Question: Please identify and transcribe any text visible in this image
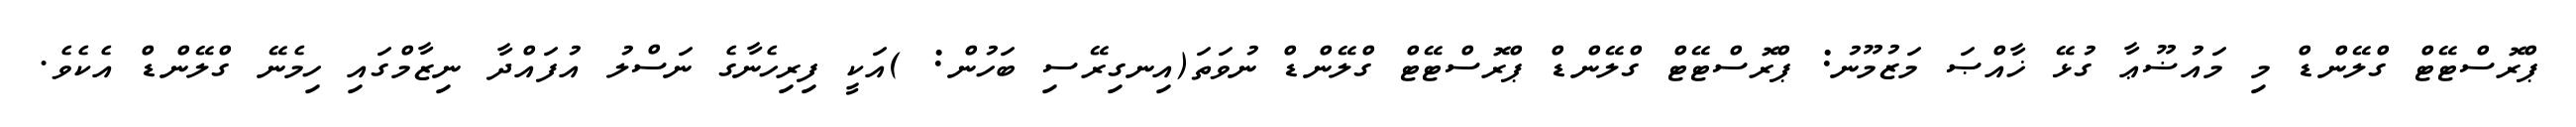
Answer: ޕްރޮސްޓޭޓް ގްލޭންޑް މި މައުޟޫޢާ ގުޅޭ ޚާއްޞަ މަޒުމޫނު: ޕްރޮސްޓޭޓް ގްލޭންޑް ޕްރޮސްޓޭޓް ގްލޭންޑް ނުވަތަ(އިނގިރޭސި ބަހުން: )އަކީ ފިރިހެނާގެ ނަސްލު އުފައްދާ ނިޒާމްގައި ހިމެނޭ ގްލޭންޑް އެކެވެ.